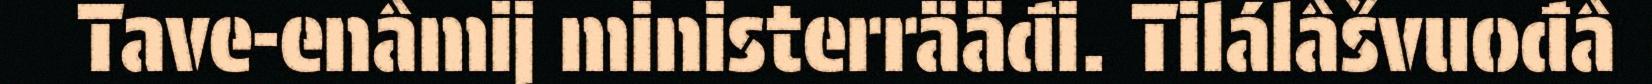
Tave-enâmij ministerrääđi. Tilálâšvuođâ